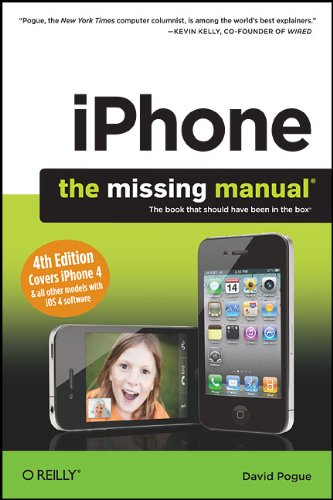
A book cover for iPhone: The Missing Manual, 4th Edition; David Pogue; Computers & Technology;